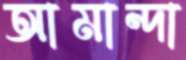
আমান্দা